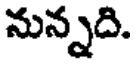
నున్నది.